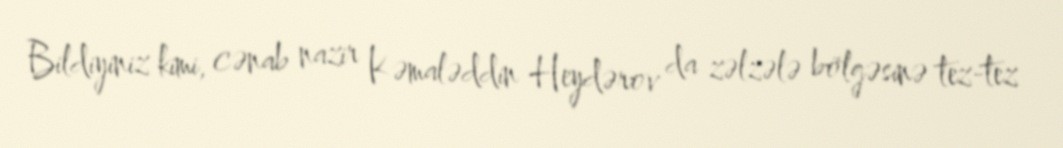
Bildiyiniz kimi, cənab nazir Kəmaləddin Heydərov da zəlzələ bölgəsinə tez-tez